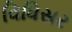
વિધિસર